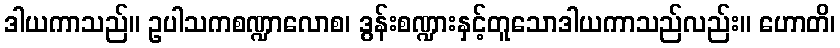
ဒါယကာသည်။ ဥပါသကစဏ္ဍာလောစ၊ ဒွန်းစဏ္ဍားနှင့်တူသောဒါယကာသည်လည်း။ ဟောတိ၊